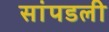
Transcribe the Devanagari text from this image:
सांपडली